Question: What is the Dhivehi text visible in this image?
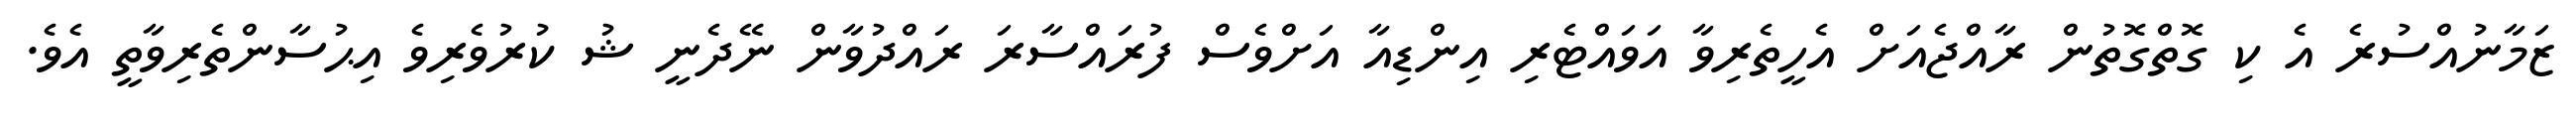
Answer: ޒަމާނުއްސުރެ އެ ކި ގޮތްގޮތުން ރާއްޖެއަށް އެހީތެރިވާ އަވައްޓެރި އިންޑިއާ އަށްވެސް ފުރައްސާރަ ރައްދުވާން ނޭދެނީ ޝު ކުރުވެރިވެ އިޙުސާންތެރިވާތީ އެވެ.